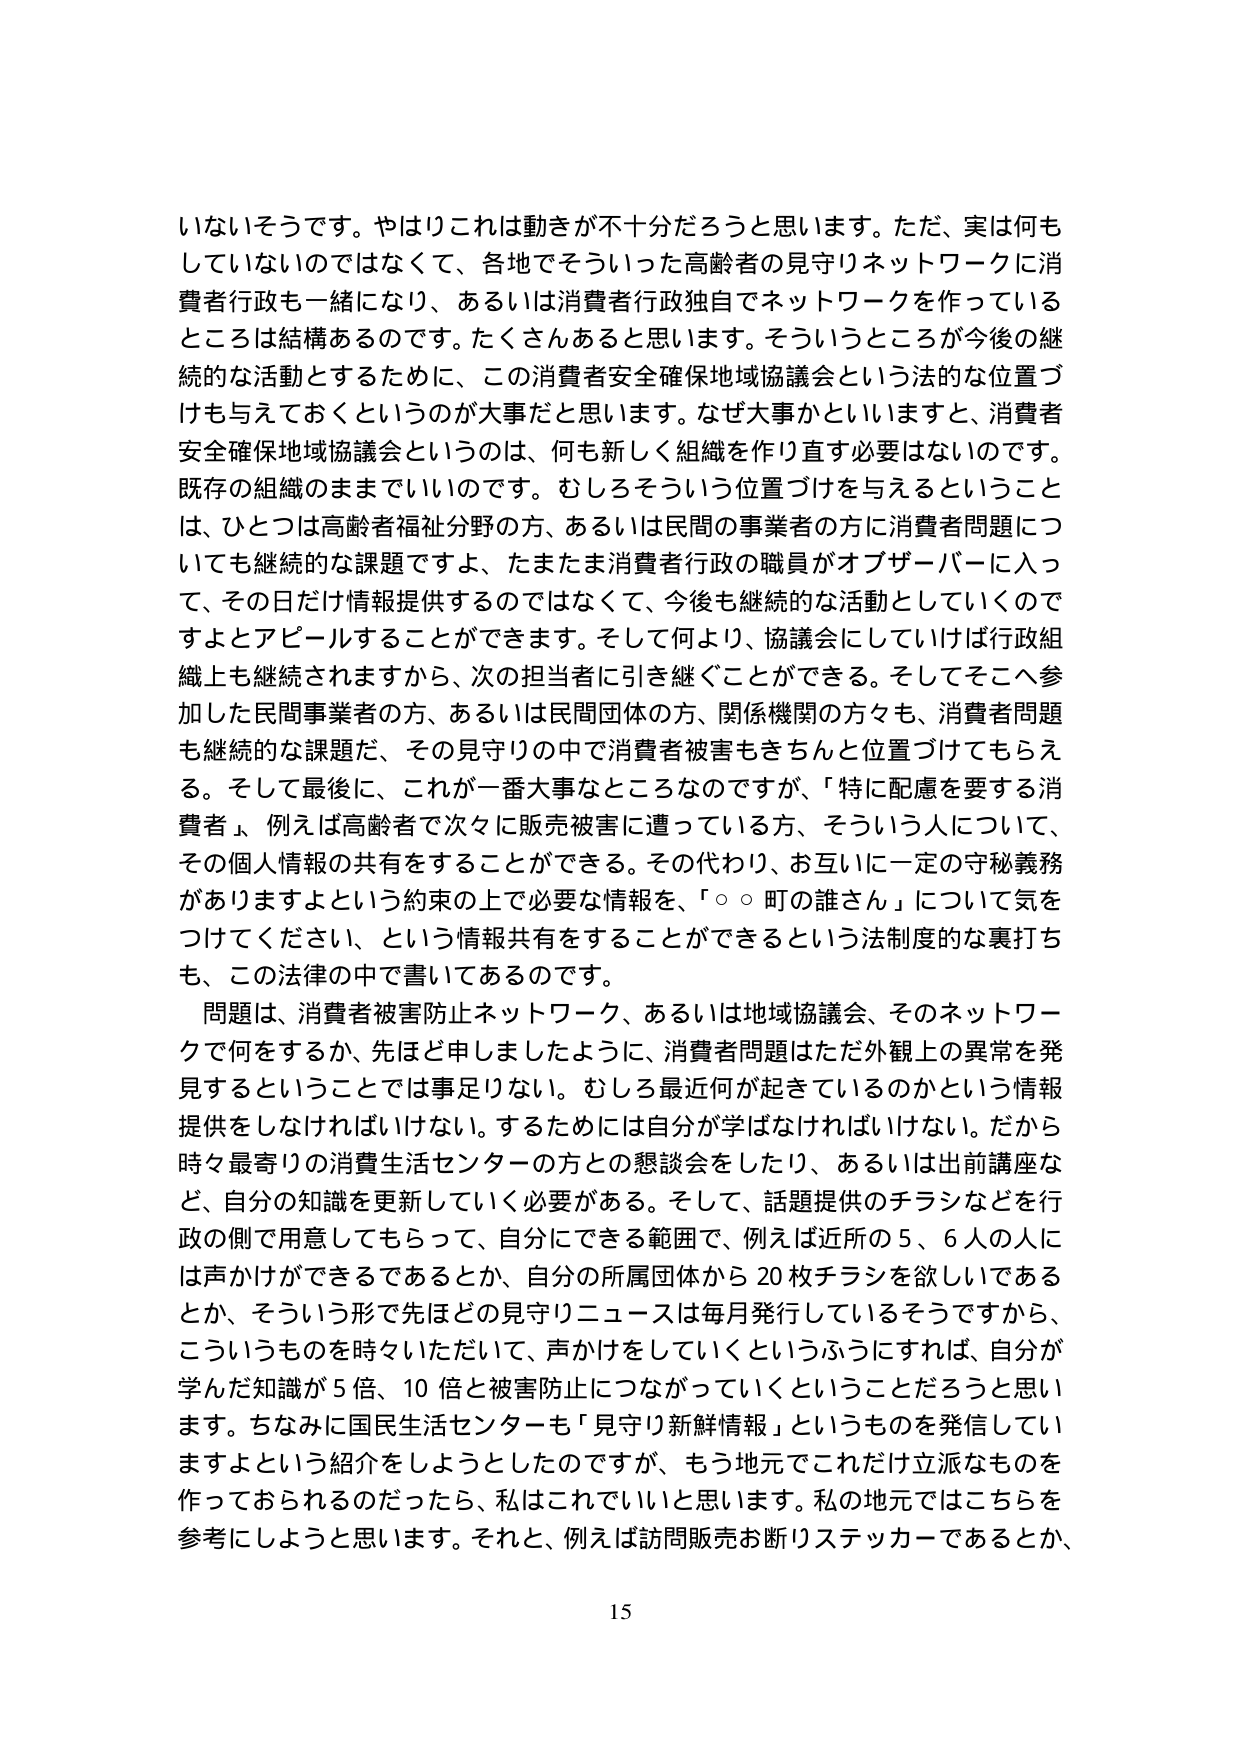
いないそうです。やはりこれは動きが不十分だろうと思います。ただ、実は何もしていないのではなくて、各地でそういった高齢者の見守りネットワークに消費者行政も一緒になり、あるいは消費者行政独自でネットワークを作っているところは結構あるのです。たくさんあると思います。そういうところが今後の継続的な活動とするために、この消費者安全確保地域協議会という法的な位置づけも与えておくというのが大事だと思います。なぜ大事かといいますと、消費者安全確保地域協議会というのは、何も新しく組織を作り直す必要はないのです。既存の組織のままでいいのです。むしろそういう位置づけを与えるということは、ひとつは高齢者福祉分野の方、あるいは民間の事業者の方に消費者問題についても継続的な課題ですよ、たまたま消費者行政の職員がオブザーバーに入って、その日だけ情報提供するのではなくて、今後も継続的な活動としていくのですよとアピールすることができます。そして何より、協議会にしていれば行政組織上も継続されますから、次の担当者に引き継ぐことができる。そしてそこへ参加した民間事業者の方、あるいは民間団体の方、関係機関の方々も、消費者問題も継続的な課題だ、その見守りの中で消費者被害もきちんと位置づけてもらえる。そして最後に、これが一番大事なところなのですが、「特に配慮を要する消費者」、例えば高齢者で次々に販売被害に遭っている方、そういう人について、その個人情報の共有をすることができる。その代わり、お互いに一定の守秘義務がありますよという約束の上で必要な情報を、「○○町の誰さん」について気をつけてください、という情報共有をすることができるという法制度的な裏打ちも、この法律の中で書いてあるのです。

問題は、消費者被害防止ネットワーク、あるいは地域協議会、そのネットワークで何をするか、先ほど申しましたように、消費者問題はただ外観上の異常を発見するということでは事足りない。むしろ最近何が起きているのかという情報提供をしなければいけない。するためには自分が学ばなければならない。だから時々最寄りの消費生活センターの方との懇談会をしたり、あるいは出前講座など、自分の知識を更新していく必要がある。そして、話題提供のチラシなどを行政の側で用意してもらって、自分にできる範囲で、例えば近所の5、6人の人には声かけができるであろとか、自分の所属団体から20枚チラシを欲しいであるとか、そういう形で先ほどの見守りニュースは毎月発行しているそうですから、こういうものを時々いただいて、声かけをしていくというふうにすれば、自分が学んだ知識が5倍、10倍と被害防止につながっていくということだろうと思います。ちなみに国民生活センターも「見守り新鮮情報」というものを発信していますよという紹介をしようとしたのですが、もう地元でこれだけ立派なものを作っておられるのだったら、私はこれでいいと思います。私の地元ではこちらを参考にしようと思います。それと、例えば訪問販売お断りステッカーであるとか、

15